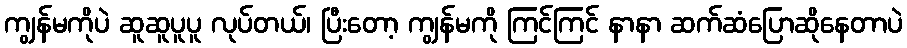
ကျွန်မကိုပဲ ဆူဆူပူပူ လုပ်တယ်၊ ပြီးတော့ ကျွန်မကို ကြင်ကြင် နာနာ ဆက်ဆံပြောဆိုနေတာပဲ